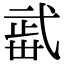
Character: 𣦏